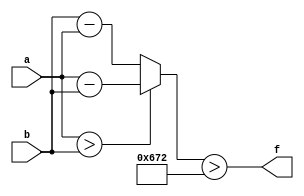
module wce_mit(a, b, f);
parameter _bit = 33;
parameter wce = 1650;
input [_bit - 1: 0] a;
input [_bit - 1: 0] b;
output f;
wire [_bit - 1: 0] diff;
assign diff = (a > b)? (a - b): (b - a);
assign f = (diff > wce);
endmodule